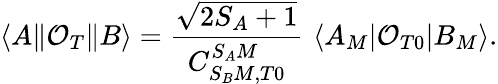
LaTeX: \langle A\| \mathcal{O}_{T}\| B\rangle=\frac{\sqrt{2S_{A}+1}}{C_{S_{B}M,T0}^{S_{A}M}}\, \, \langle A_{M}|\mathcal{O}_{T0}|B_{M}\rangle.